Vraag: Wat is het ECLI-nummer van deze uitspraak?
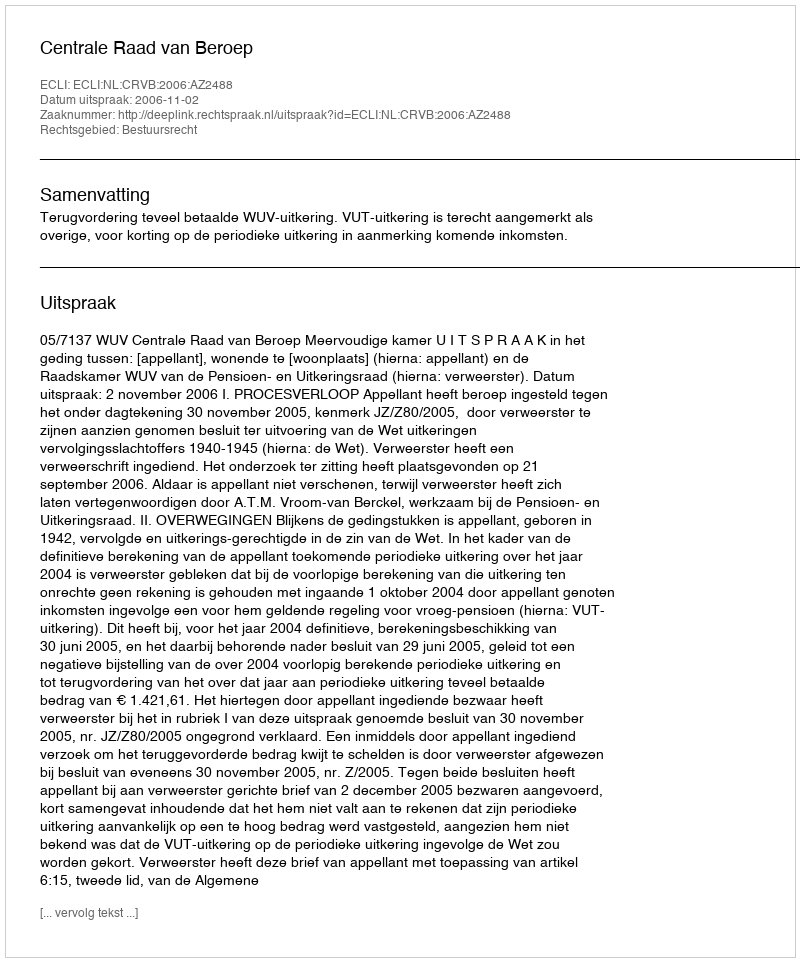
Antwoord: ECLI:NL:CRVB:2006:AZ2488